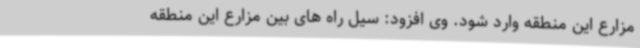
مزارع این منطقه وارد شود. وی افزود: سیل راه های بین مزارع این منطقه